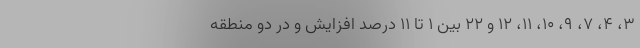
۳، ۴، ۷، ۹، ۱۰، ۱۱، ۱۲ و ۲۲ بین ۱ تا ۱۱ درصد افزایش و در دو منطقه